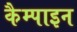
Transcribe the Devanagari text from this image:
कैम्पाइन